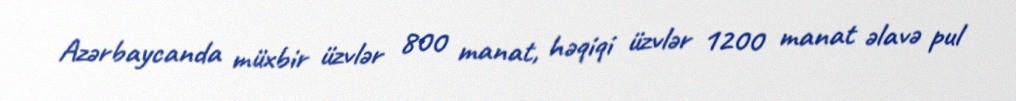
Azərbaycanda müxbir üzvlər 800 manat, həqiqi üzvlər 1200 manat əlavə pul